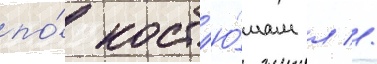
по́ кост'ю́мам л //